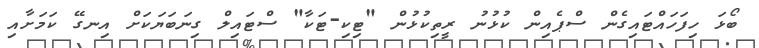
ބޯޅަ ހިފަހައްޓައިގެން ސްޕެއިން ކުޅުނު ރީތިކުޅުން "ޓިކި-ޓަކާ" ސްޓައިލް ގިނަބަޔަކަށް އިނގޭ ކަމަށާއި